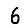
Digit: 6